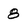
Character: 8